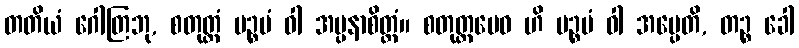
တတိယံ ဂေါတြဘု, စတုတ္ထံ ပဉ္စမံ ဝါ အပ္ပနာစိတ္တံ။ စတုတ္ထမေဝ ဟိ ပဉ္စမံ ဝါ အပ္ပေတိ, တဉ္စ ခေါ